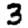
Digit: 3